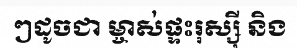
ៗដូចជា ម្ចាស់ផ្ទះរុស្ស៊ី និង